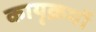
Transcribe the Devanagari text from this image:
कायृक्रमों